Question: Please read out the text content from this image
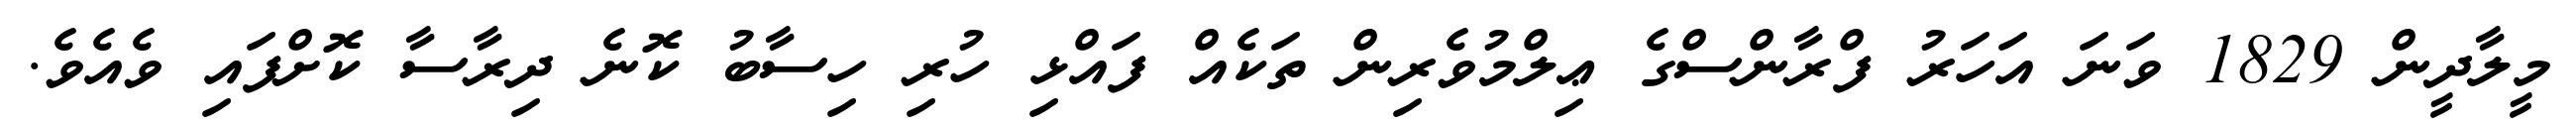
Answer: މީލާދީން 1829 ވަނަ އަހަރު ފްރާންސްގެ ޢިލްމުވެރިން ތަކެއް ފައްޅި ހުރި ހިސާބު ކޮނެ ދިރާސާ ކޮށްފައި ވެއެވެ.